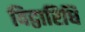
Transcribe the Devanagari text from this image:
विद्वारिधि